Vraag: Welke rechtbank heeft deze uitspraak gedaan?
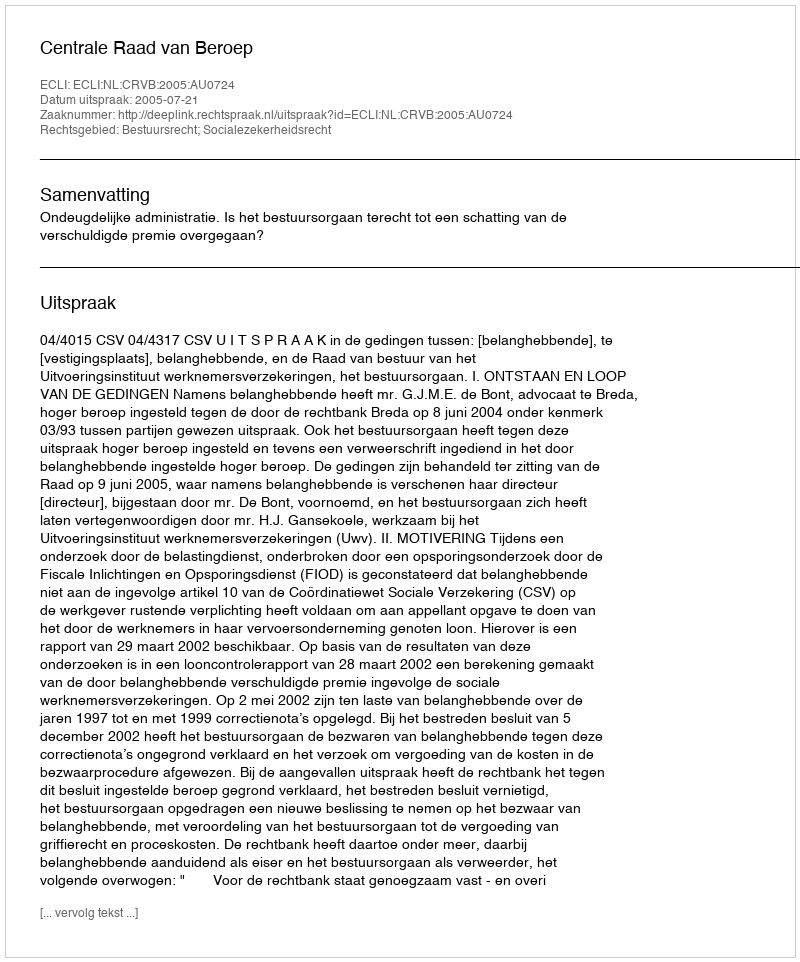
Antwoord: Centrale Raad van Beroep